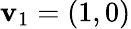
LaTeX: \mathbf{v}_{1}=(1,0)